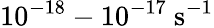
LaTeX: \mathrm{10^{-18}-10^{-17}\ s^{-1}}